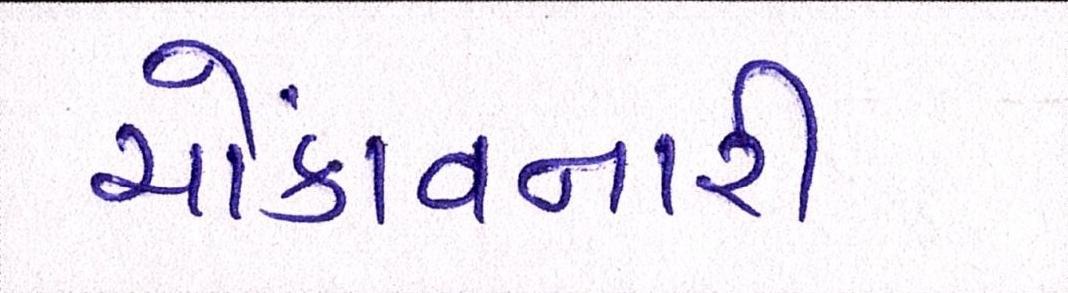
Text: ચોંકાવનારી